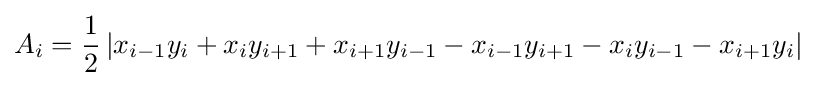
A_{i}={\frac {1}{2}}\left|x_{i-1}y_{i}+x_{i}y_{i+1}+x_{i+1}y_{i-1}-x_{i-1}y_{i+1}-x_{i}y_{i-1}-x_{i+1}y_{i}\right|